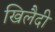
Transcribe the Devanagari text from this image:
खिलैदी